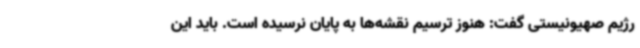
رژیم صهیونیستی گفت: هنوز ترسیم نقشه‌ها به پایان نرسیده است. باید این